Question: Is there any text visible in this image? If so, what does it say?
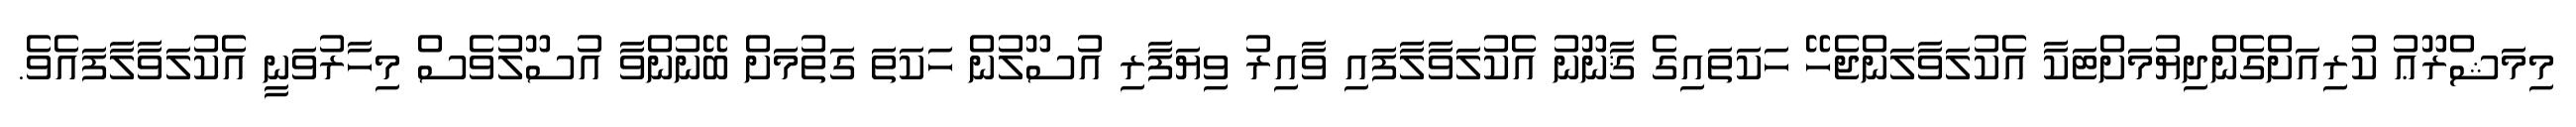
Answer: މިމަޝްރޫޢު ކުރިއަށްގެންދިޔުމަށްޓަކާ އެކުލަވާލަންޖެހޭ ހަކަތައިގެ ޤާނޫނު އެކުލަވާލާފައި ވާއިރު ވިޔަފާރި އުސޫލުން ހަކަތަ ގަތުމަށް ބޭނުންވާ އުސޫލުވެސް މިހާރުވަނީ އެކުލަވާލާފައެވެ.